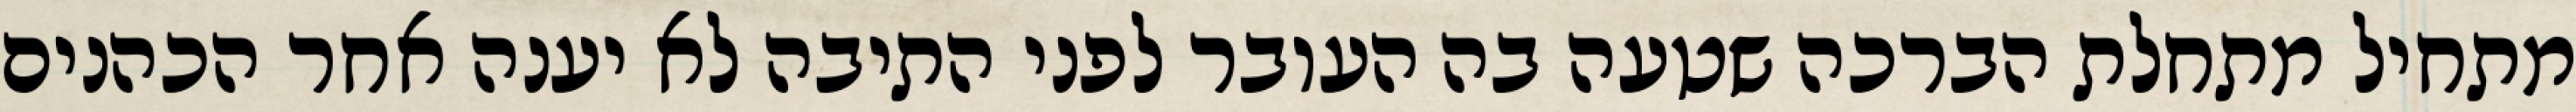
מתחיל מתחלת הברכה שטעה בה העובר לפני התיבה לא יענה אחר הכהנים